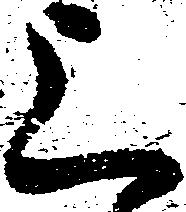
上